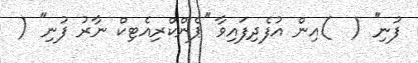
ފުނި'' (  )އިން އުފެދިފައިވާ ''ޕެންކްރިއެޓިކް ނާރު ފުނި'' (